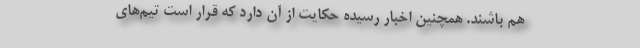
هم باشند. همچنین اخبار رسیده حکایت از آن دارد که قرار است تیم‌های